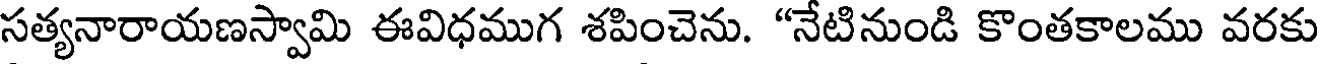
సత్యనారాయణస్వామి ఈవిధముగ శపించెను. "నేటినుండి కొంతకాలము వరకు